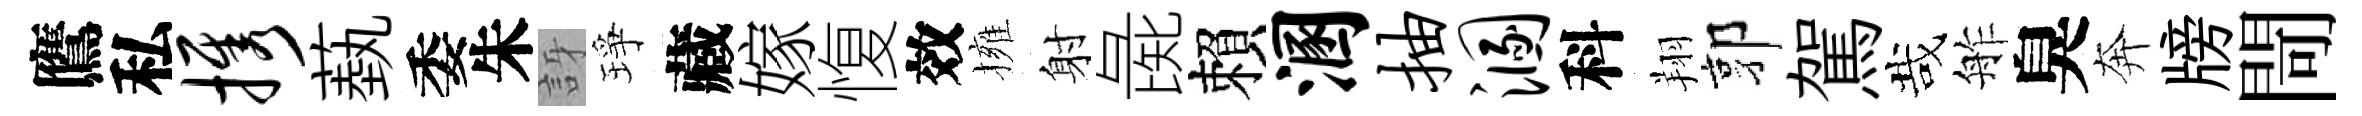
鷹私携蓺委朱訝琤藏嫁愎效擁射彘賴溷抽溷科翔郭駕哉舴臭奔牓閜